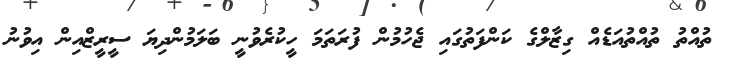
ތުއްތު ތުއްތުއަޑެއް ގިޒާލްގެ ކަންފަތުގައި ޖެހުމުން ފުރަތަމަ ހީކުރެވުނީ ބަލަމުންދިޔަ ސީރީޒްއިން އިވުނު